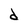
Character: d